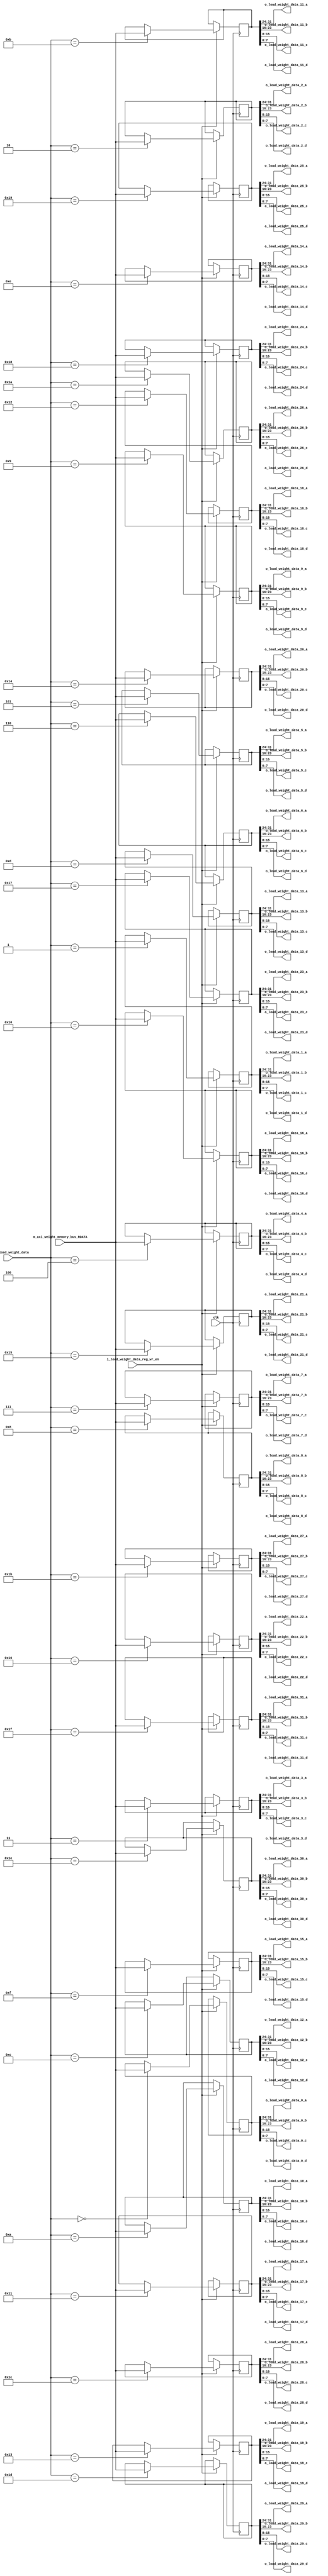
`timescale 1ns / 1ps
//////////////////////////////////////////////////////////////////////////////////
// Company: 
// Engineer: 
// 
// Design Name: 
// Module Name: Load_Weight
// Project Name: 
// Target Devices: 
// Tool Versions: 
// Description: 
// 
// Dependencies: 
// 
// Revision:
// Revision 0.01 - File Created
// Additional Comments:
// 
//////////////////////////////////////////////////////////////////////////////////


module Load_Weight
#(
  parameter AXI_WIDTH_DA   =32             // data width
)
(
  input wire                         clk,
  //////////////////////////////////////////////////////////////////////////////////
  //Load Weight Control Signals/////////////////////////////////////////////////////
  //
  input wire                         i_load_weight_data_reg_wr_en,          
  input wire [4:0]                   i_sel_load_weight_data,
  //////////////////////////////////////////////////////////////////////////////////
  //AXI MASTER READ/////////////////////////////////////////////////////////////////
  //
  input wire [AXI_WIDTH_DA-1:0]      m_axi_weight_memory_bus_RDATA,
  //////////////////////////////////////////////////////////////////////////////////
  //Load Weight Out/////////////////////////////////////////////////////////////////
  output  wire [7:0]                 o_load_weight_data_0_a,
  output  wire [7:0]                 o_load_weight_data_0_b,
  output  wire [7:0]                 o_load_weight_data_0_c,
  output  wire [7:0]                 o_load_weight_data_0_d,

  output  wire [7:0]                 o_load_weight_data_1_a,
  output  wire [7:0]                 o_load_weight_data_1_b,
  output  wire [7:0]                 o_load_weight_data_1_c,
  output  wire [7:0]                 o_load_weight_data_1_d,

  output  wire [7:0]                 o_load_weight_data_2_a,
  output  wire [7:0]                 o_load_weight_data_2_b,
  output  wire [7:0]                 o_load_weight_data_2_c,
  output  wire [7:0]                 o_load_weight_data_2_d,

  output  wire [7:0]                 o_load_weight_data_3_a,
  output  wire [7:0]                 o_load_weight_data_3_b,
  output  wire [7:0]                 o_load_weight_data_3_c,
  output  wire [7:0]                 o_load_weight_data_3_d,

  output  wire [7:0]                 o_load_weight_data_4_a,
  output  wire [7:0]                 o_load_weight_data_4_b,
  output  wire [7:0]                 o_load_weight_data_4_c,
  output  wire [7:0]                 o_load_weight_data_4_d,

  output  wire [7:0]                 o_load_weight_data_5_a,
  output  wire [7:0]                 o_load_weight_data_5_b,
  output  wire [7:0]                 o_load_weight_data_5_c,
  output  wire [7:0]                 o_load_weight_data_5_d,

  output  wire [7:0]                 o_load_weight_data_6_a,
  output  wire [7:0]                 o_load_weight_data_6_b,
  output  wire [7:0]                 o_load_weight_data_6_c,
  output  wire [7:0]                 o_load_weight_data_6_d,

  output  wire [7:0]                 o_load_weight_data_7_a,
  output  wire [7:0]                 o_load_weight_data_7_b,
  output  wire [7:0]                 o_load_weight_data_7_c,
  output  wire [7:0]                 o_load_weight_data_7_d,

  output  wire [7:0]                 o_load_weight_data_8_a,
  output  wire [7:0]                 o_load_weight_data_8_b,
  output  wire [7:0]                 o_load_weight_data_8_c,
  output  wire [7:0]                 o_load_weight_data_8_d,

  output  wire [7:0]                 o_load_weight_data_9_a,
  output  wire [7:0]                 o_load_weight_data_9_b,
  output  wire [7:0]                 o_load_weight_data_9_c,
  output  wire [7:0]                 o_load_weight_data_9_d,

  output  wire [7:0]                 o_load_weight_data_10_a,
  output  wire [7:0]                 o_load_weight_data_10_b,
  output  wire [7:0]                 o_load_weight_data_10_c,
  output  wire [7:0]                 o_load_weight_data_10_d,

  output  wire [7:0]                 o_load_weight_data_11_a,
  output  wire [7:0]                 o_load_weight_data_11_b,
  output  wire [7:0]                 o_load_weight_data_11_c,
  output  wire [7:0]                 o_load_weight_data_11_d,

  output  wire [7:0]                 o_load_weight_data_12_a,
  output  wire [7:0]                 o_load_weight_data_12_b,
  output  wire [7:0]                 o_load_weight_data_12_c,
  output  wire [7:0]                 o_load_weight_data_12_d,

  output  wire [7:0]                 o_load_weight_data_13_a,
  output  wire [7:0]                 o_load_weight_data_13_b,
  output  wire [7:0]                 o_load_weight_data_13_c,
  output  wire [7:0]                 o_load_weight_data_13_d,

  output  wire [7:0]                 o_load_weight_data_14_a,
  output  wire [7:0]                 o_load_weight_data_14_b,
  output  wire [7:0]                 o_load_weight_data_14_c,
  output  wire [7:0]                 o_load_weight_data_14_d,

  output  wire [7:0]                 o_load_weight_data_15_a,
  output  wire [7:0]                 o_load_weight_data_15_b,
  output  wire [7:0]                 o_load_weight_data_15_c,
  output  wire [7:0]                 o_load_weight_data_15_d,

  output  wire [7:0]                 o_load_weight_data_16_a,
  output  wire [7:0]                 o_load_weight_data_16_b,
  output  wire [7:0]                 o_load_weight_data_16_c,
  output  wire [7:0]                 o_load_weight_data_16_d,

  output  wire [7:0]                 o_load_weight_data_17_a,
  output  wire [7:0]                 o_load_weight_data_17_b,
  output  wire [7:0]                 o_load_weight_data_17_c,
  output  wire [7:0]                 o_load_weight_data_17_d,

  output  wire [7:0]                 o_load_weight_data_18_a,
  output  wire [7:0]                 o_load_weight_data_18_b,
  output  wire [7:0]                 o_load_weight_data_18_c,
  output  wire [7:0]                 o_load_weight_data_18_d,

  output  wire [7:0]                 o_load_weight_data_19_a,
  output  wire [7:0]                 o_load_weight_data_19_b,
  output  wire [7:0]                 o_load_weight_data_19_c,
  output  wire [7:0]                 o_load_weight_data_19_d,

  output  wire [7:0]                 o_load_weight_data_20_a,
  output  wire [7:0]                 o_load_weight_data_20_b,
  output  wire [7:0]                 o_load_weight_data_20_c,
  output  wire [7:0]                 o_load_weight_data_20_d,

  output  wire [7:0]                 o_load_weight_data_21_a,
  output  wire [7:0]                 o_load_weight_data_21_b,
  output  wire [7:0]                 o_load_weight_data_21_c,
  output  wire [7:0]                 o_load_weight_data_21_d,

  output  wire [7:0]                 o_load_weight_data_22_a,
  output  wire [7:0]                 o_load_weight_data_22_b,
  output  wire [7:0]                 o_load_weight_data_22_c,
  output  wire [7:0]                 o_load_weight_data_22_d,

  output  wire [7:0]                 o_load_weight_data_23_a,
  output  wire [7:0]                 o_load_weight_data_23_b,
  output  wire [7:0]                 o_load_weight_data_23_c,
  output  wire [7:0]                 o_load_weight_data_23_d,

  output  wire [7:0]                 o_load_weight_data_24_a,
  output  wire [7:0]                 o_load_weight_data_24_b,
  output  wire [7:0]                 o_load_weight_data_24_c,
  output  wire [7:0]                 o_load_weight_data_24_d,

  output  wire [7:0]                 o_load_weight_data_25_a,
  output  wire [7:0]                 o_load_weight_data_25_b,
  output  wire [7:0]                 o_load_weight_data_25_c,
  output  wire [7:0]                 o_load_weight_data_25_d,

  output  wire [7:0]                 o_load_weight_data_26_a,
  output  wire [7:0]                 o_load_weight_data_26_b,
  output  wire [7:0]                 o_load_weight_data_26_c,
  output  wire [7:0]                 o_load_weight_data_26_d,

  output  wire [7:0]                 o_load_weight_data_27_a,
  output  wire [7:0]                 o_load_weight_data_27_b,
  output  wire [7:0]                 o_load_weight_data_27_c,
  output  wire [7:0]                 o_load_weight_data_27_d,

  output  wire [7:0]                 o_load_weight_data_28_a,
  output  wire [7:0]                 o_load_weight_data_28_b,
  output  wire [7:0]                 o_load_weight_data_28_c,
  output  wire [7:0]                 o_load_weight_data_28_d,

  output  wire [7:0]                 o_load_weight_data_29_a,
  output  wire [7:0]                 o_load_weight_data_29_b,
  output  wire [7:0]                 o_load_weight_data_29_c,
  output  wire [7:0]                 o_load_weight_data_29_d,

  output  wire [7:0]                 o_load_weight_data_30_a,
  output  wire [7:0]                 o_load_weight_data_30_b,
  output  wire [7:0]                 o_load_weight_data_30_c,
  output  wire [7:0]                 o_load_weight_data_30_d,

  output  wire [7:0]                 o_load_weight_data_31_a,
  output  wire [7:0]                 o_load_weight_data_31_b,
  output  wire [7:0]                 o_load_weight_data_31_c,
  output  wire [7:0]                 o_load_weight_data_31_d
);
  reg [31:0] axi_weight_brodcaster [31:0];



  always @(posedge clk)
  begin
    if(i_load_weight_data_reg_wr_en)
    begin
      case(i_sel_load_weight_data)
        5'b00000 : axi_weight_brodcaster[0] <= m_axi_weight_memory_bus_RDATA;
        5'b00001 : axi_weight_brodcaster[1] <= m_axi_weight_memory_bus_RDATA;
        5'b00010 : axi_weight_brodcaster[2] <= m_axi_weight_memory_bus_RDATA;
        5'b00011 : axi_weight_brodcaster[3] <= m_axi_weight_memory_bus_RDATA;
        5'b00100 : axi_weight_brodcaster[4] <= m_axi_weight_memory_bus_RDATA;
        5'b00101 : axi_weight_brodcaster[5] <= m_axi_weight_memory_bus_RDATA;
        5'b00110 : axi_weight_brodcaster[6] <= m_axi_weight_memory_bus_RDATA;
        5'b00111 : axi_weight_brodcaster[7] <= m_axi_weight_memory_bus_RDATA;
        5'b01000 : axi_weight_brodcaster[8] <= m_axi_weight_memory_bus_RDATA;
        5'b01001 : axi_weight_brodcaster[9] <= m_axi_weight_memory_bus_RDATA;
        5'b01010 : axi_weight_brodcaster[10] <= m_axi_weight_memory_bus_RDATA;
        5'b01011 : axi_weight_brodcaster[11] <= m_axi_weight_memory_bus_RDATA;
        5'b01100 : axi_weight_brodcaster[12] <= m_axi_weight_memory_bus_RDATA;
        5'b01101 : axi_weight_brodcaster[13] <= m_axi_weight_memory_bus_RDATA;
        5'b01110 : axi_weight_brodcaster[14] <= m_axi_weight_memory_bus_RDATA;
        5'b01111 : axi_weight_brodcaster[15] <= m_axi_weight_memory_bus_RDATA;
        5'b10000 : axi_weight_brodcaster[16] <= m_axi_weight_memory_bus_RDATA;
        5'b10001 : axi_weight_brodcaster[17] <= m_axi_weight_memory_bus_RDATA;
        5'b10010 : axi_weight_brodcaster[18] <= m_axi_weight_memory_bus_RDATA;
        5'b10011 : axi_weight_brodcaster[19] <= m_axi_weight_memory_bus_RDATA;
        5'b10100 : axi_weight_brodcaster[20] <= m_axi_weight_memory_bus_RDATA;
        5'b10101 : axi_weight_brodcaster[21] <= m_axi_weight_memory_bus_RDATA;
        5'b10110 : axi_weight_brodcaster[22] <= m_axi_weight_memory_bus_RDATA;
        5'b10111 : axi_weight_brodcaster[23] <= m_axi_weight_memory_bus_RDATA;
        5'b11000 : axi_weight_brodcaster[24] <= m_axi_weight_memory_bus_RDATA;
        5'b11001 : axi_weight_brodcaster[25] <= m_axi_weight_memory_bus_RDATA;
        5'b11010 : axi_weight_brodcaster[26] <= m_axi_weight_memory_bus_RDATA;
        5'b11011 : axi_weight_brodcaster[27] <= m_axi_weight_memory_bus_RDATA;
        5'b11100 : axi_weight_brodcaster[28] <= m_axi_weight_memory_bus_RDATA;
        5'b11101 : axi_weight_brodcaster[29] <= m_axi_weight_memory_bus_RDATA;
        5'b11110 : axi_weight_brodcaster[30] <= m_axi_weight_memory_bus_RDATA;
        5'b11111 : axi_weight_brodcaster[31] <= m_axi_weight_memory_bus_RDATA;
      endcase
    end
  end

  assign {o_load_weight_data_0_a, o_load_weight_data_0_b, o_load_weight_data_0_c, o_load_weight_data_0_d} = axi_weight_brodcaster[0];
  assign {o_load_weight_data_1_a, o_load_weight_data_1_b, o_load_weight_data_1_c, o_load_weight_data_1_d} = axi_weight_brodcaster[1];
  assign {o_load_weight_data_2_a, o_load_weight_data_2_b, o_load_weight_data_2_c, o_load_weight_data_2_d} = axi_weight_brodcaster[2];
  assign {o_load_weight_data_3_a, o_load_weight_data_3_b, o_load_weight_data_3_c, o_load_weight_data_3_d} = axi_weight_brodcaster[3];
  assign {o_load_weight_data_4_a, o_load_weight_data_4_b, o_load_weight_data_4_c, o_load_weight_data_4_d} = axi_weight_brodcaster[4];
  assign {o_load_weight_data_5_a, o_load_weight_data_5_b, o_load_weight_data_5_c, o_load_weight_data_5_d} = axi_weight_brodcaster[5];
  assign {o_load_weight_data_6_a, o_load_weight_data_6_b, o_load_weight_data_6_c, o_load_weight_data_6_d} = axi_weight_brodcaster[6];
  assign {o_load_weight_data_7_a, o_load_weight_data_7_b, o_load_weight_data_7_c, o_load_weight_data_7_d} = axi_weight_brodcaster[7];
  assign {o_load_weight_data_8_a, o_load_weight_data_8_b, o_load_weight_data_8_c, o_load_weight_data_8_d} = axi_weight_brodcaster[8];
  assign {o_load_weight_data_9_a, o_load_weight_data_9_b, o_load_weight_data_9_c, o_load_weight_data_9_d} = axi_weight_brodcaster[9];
  assign {o_load_weight_data_10_a, o_load_weight_data_10_b, o_load_weight_data_10_c, o_load_weight_data_10_d} = axi_weight_brodcaster[10];
  assign {o_load_weight_data_11_a, o_load_weight_data_11_b, o_load_weight_data_11_c, o_load_weight_data_11_d} = axi_weight_brodcaster[11];
  assign {o_load_weight_data_12_a, o_load_weight_data_12_b, o_load_weight_data_12_c, o_load_weight_data_12_d} = axi_weight_brodcaster[12];
  assign {o_load_weight_data_13_a, o_load_weight_data_13_b, o_load_weight_data_13_c, o_load_weight_data_13_d} = axi_weight_brodcaster[13];
  assign {o_load_weight_data_14_a, o_load_weight_data_14_b, o_load_weight_data_14_c, o_load_weight_data_14_d} = axi_weight_brodcaster[14];
  assign {o_load_weight_data_15_a, o_load_weight_data_15_b, o_load_weight_data_15_c, o_load_weight_data_15_d} = axi_weight_brodcaster[15];
  assign {o_load_weight_data_16_a, o_load_weight_data_16_b, o_load_weight_data_16_c, o_load_weight_data_16_d} = axi_weight_brodcaster[16];
  assign {o_load_weight_data_17_a, o_load_weight_data_17_b, o_load_weight_data_17_c, o_load_weight_data_17_d} = axi_weight_brodcaster[17];
  assign {o_load_weight_data_18_a, o_load_weight_data_18_b, o_load_weight_data_18_c, o_load_weight_data_18_d} = axi_weight_brodcaster[18];
  assign {o_load_weight_data_19_a, o_load_weight_data_19_b, o_load_weight_data_19_c, o_load_weight_data_19_d} = axi_weight_brodcaster[19];
  assign {o_load_weight_data_20_a, o_load_weight_data_20_b, o_load_weight_data_20_c, o_load_weight_data_20_d} = axi_weight_brodcaster[20];
  assign {o_load_weight_data_21_a, o_load_weight_data_21_b, o_load_weight_data_21_c, o_load_weight_data_21_d} = axi_weight_brodcaster[21];
  assign {o_load_weight_data_22_a, o_load_weight_data_22_b, o_load_weight_data_22_c, o_load_weight_data_22_d} = axi_weight_brodcaster[22];
  assign {o_load_weight_data_23_a, o_load_weight_data_23_b, o_load_weight_data_23_c, o_load_weight_data_23_d} = axi_weight_brodcaster[23];
  assign {o_load_weight_data_24_a, o_load_weight_data_24_b, o_load_weight_data_24_c, o_load_weight_data_24_d} = axi_weight_brodcaster[24];
  assign {o_load_weight_data_25_a, o_load_weight_data_25_b, o_load_weight_data_25_c, o_load_weight_data_25_d} = axi_weight_brodcaster[25];
  assign {o_load_weight_data_26_a, o_load_weight_data_26_b, o_load_weight_data_26_c, o_load_weight_data_26_d} = axi_weight_brodcaster[26];
  assign {o_load_weight_data_27_a, o_load_weight_data_27_b, o_load_weight_data_27_c, o_load_weight_data_27_d} = axi_weight_brodcaster[27];
  assign {o_load_weight_data_28_a, o_load_weight_data_28_b, o_load_weight_data_28_c, o_load_weight_data_28_d} = axi_weight_brodcaster[28];
  assign {o_load_weight_data_29_a, o_load_weight_data_29_b, o_load_weight_data_29_c, o_load_weight_data_29_d} = axi_weight_brodcaster[29];
  assign {o_load_weight_data_30_a, o_load_weight_data_30_b, o_load_weight_data_30_c, o_load_weight_data_30_d} = axi_weight_brodcaster[30];
  assign {o_load_weight_data_31_a, o_load_weight_data_31_b, o_load_weight_data_31_c, o_load_weight_data_31_d} = axi_weight_brodcaster[31];

endmodule